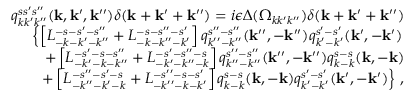
\begin{array} { r l r } & { } & { q _ { k k ^ { \prime } k ^ { \prime \prime } } ^ { s s ^ { \prime } s ^ { \prime \prime } } ( { \bf k } , { \bf k } ^ { \prime } , { \bf k } ^ { \prime \prime } ) \delta ( { \bf k } + { \bf k } ^ { \prime } + { \bf k } ^ { \prime \prime } ) = i \epsilon \Delta ( \Omega _ { k k ^ { \prime } k ^ { \prime \prime } } ) \delta ( { \bf k } + { \bf k } ^ { \prime } + { \bf k } ^ { \prime \prime } ) } \\ & { } & { \left\{ \left[ L _ { - k - k ^ { \prime } - k ^ { \prime \prime } } ^ { - s - s ^ { \prime } - s ^ { \prime \prime } } + L _ { - k - k ^ { \prime \prime } - k ^ { \prime } } ^ { - s - s ^ { \prime \prime } - s ^ { \prime } } \right] q _ { k ^ { \prime \prime } - k ^ { \prime \prime } } ^ { s ^ { \prime \prime } - s ^ { \prime \prime } } ( { \bf k } ^ { \prime \prime } , - { \bf k } ^ { \prime \prime } ) q _ { k ^ { \prime } - k ^ { \prime } } ^ { s ^ { \prime } - s ^ { \prime } } ( { \bf k } ^ { \prime } , - { \bf k } ^ { \prime } ) \right. } \\ & { } & { + \left[ L _ { - k ^ { \prime } - k - k ^ { \prime \prime } } ^ { - s ^ { \prime } - s - s ^ { \prime \prime } } + L _ { - k ^ { \prime } - k ^ { \prime \prime } - k } ^ { - s ^ { \prime } - s ^ { \prime \prime } - s } \right] q _ { k ^ { \prime \prime } - k ^ { \prime \prime } } ^ { s ^ { \prime \prime } - s ^ { \prime \prime } } ( { \bf k } ^ { \prime \prime } , - { \bf k } ^ { \prime \prime } ) q _ { k - k } ^ { s - s } ( { \bf k } , - { \bf k } ) } \\ & { } & { \left. + \left[ L _ { - k ^ { \prime \prime } - k ^ { \prime } - k } ^ { - s ^ { \prime \prime } - s ^ { \prime } - s } + L _ { - k ^ { \prime \prime } - k - k ^ { \prime } } ^ { - s ^ { \prime \prime } - s - s ^ { \prime } } \right] q _ { k - k } ^ { s - s } ( { \bf k } , - { \bf k } ) q _ { k ^ { \prime } - k ^ { \prime } } ^ { s ^ { \prime } - s ^ { \prime } } ( { \bf k } ^ { \prime } , - { \bf k } ^ { \prime } ) \right\} \, , } \end{array}